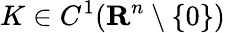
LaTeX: K\in C^{1}(\mathbf{R}^{n}\setminus\{ 0\} )